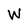
Character: W